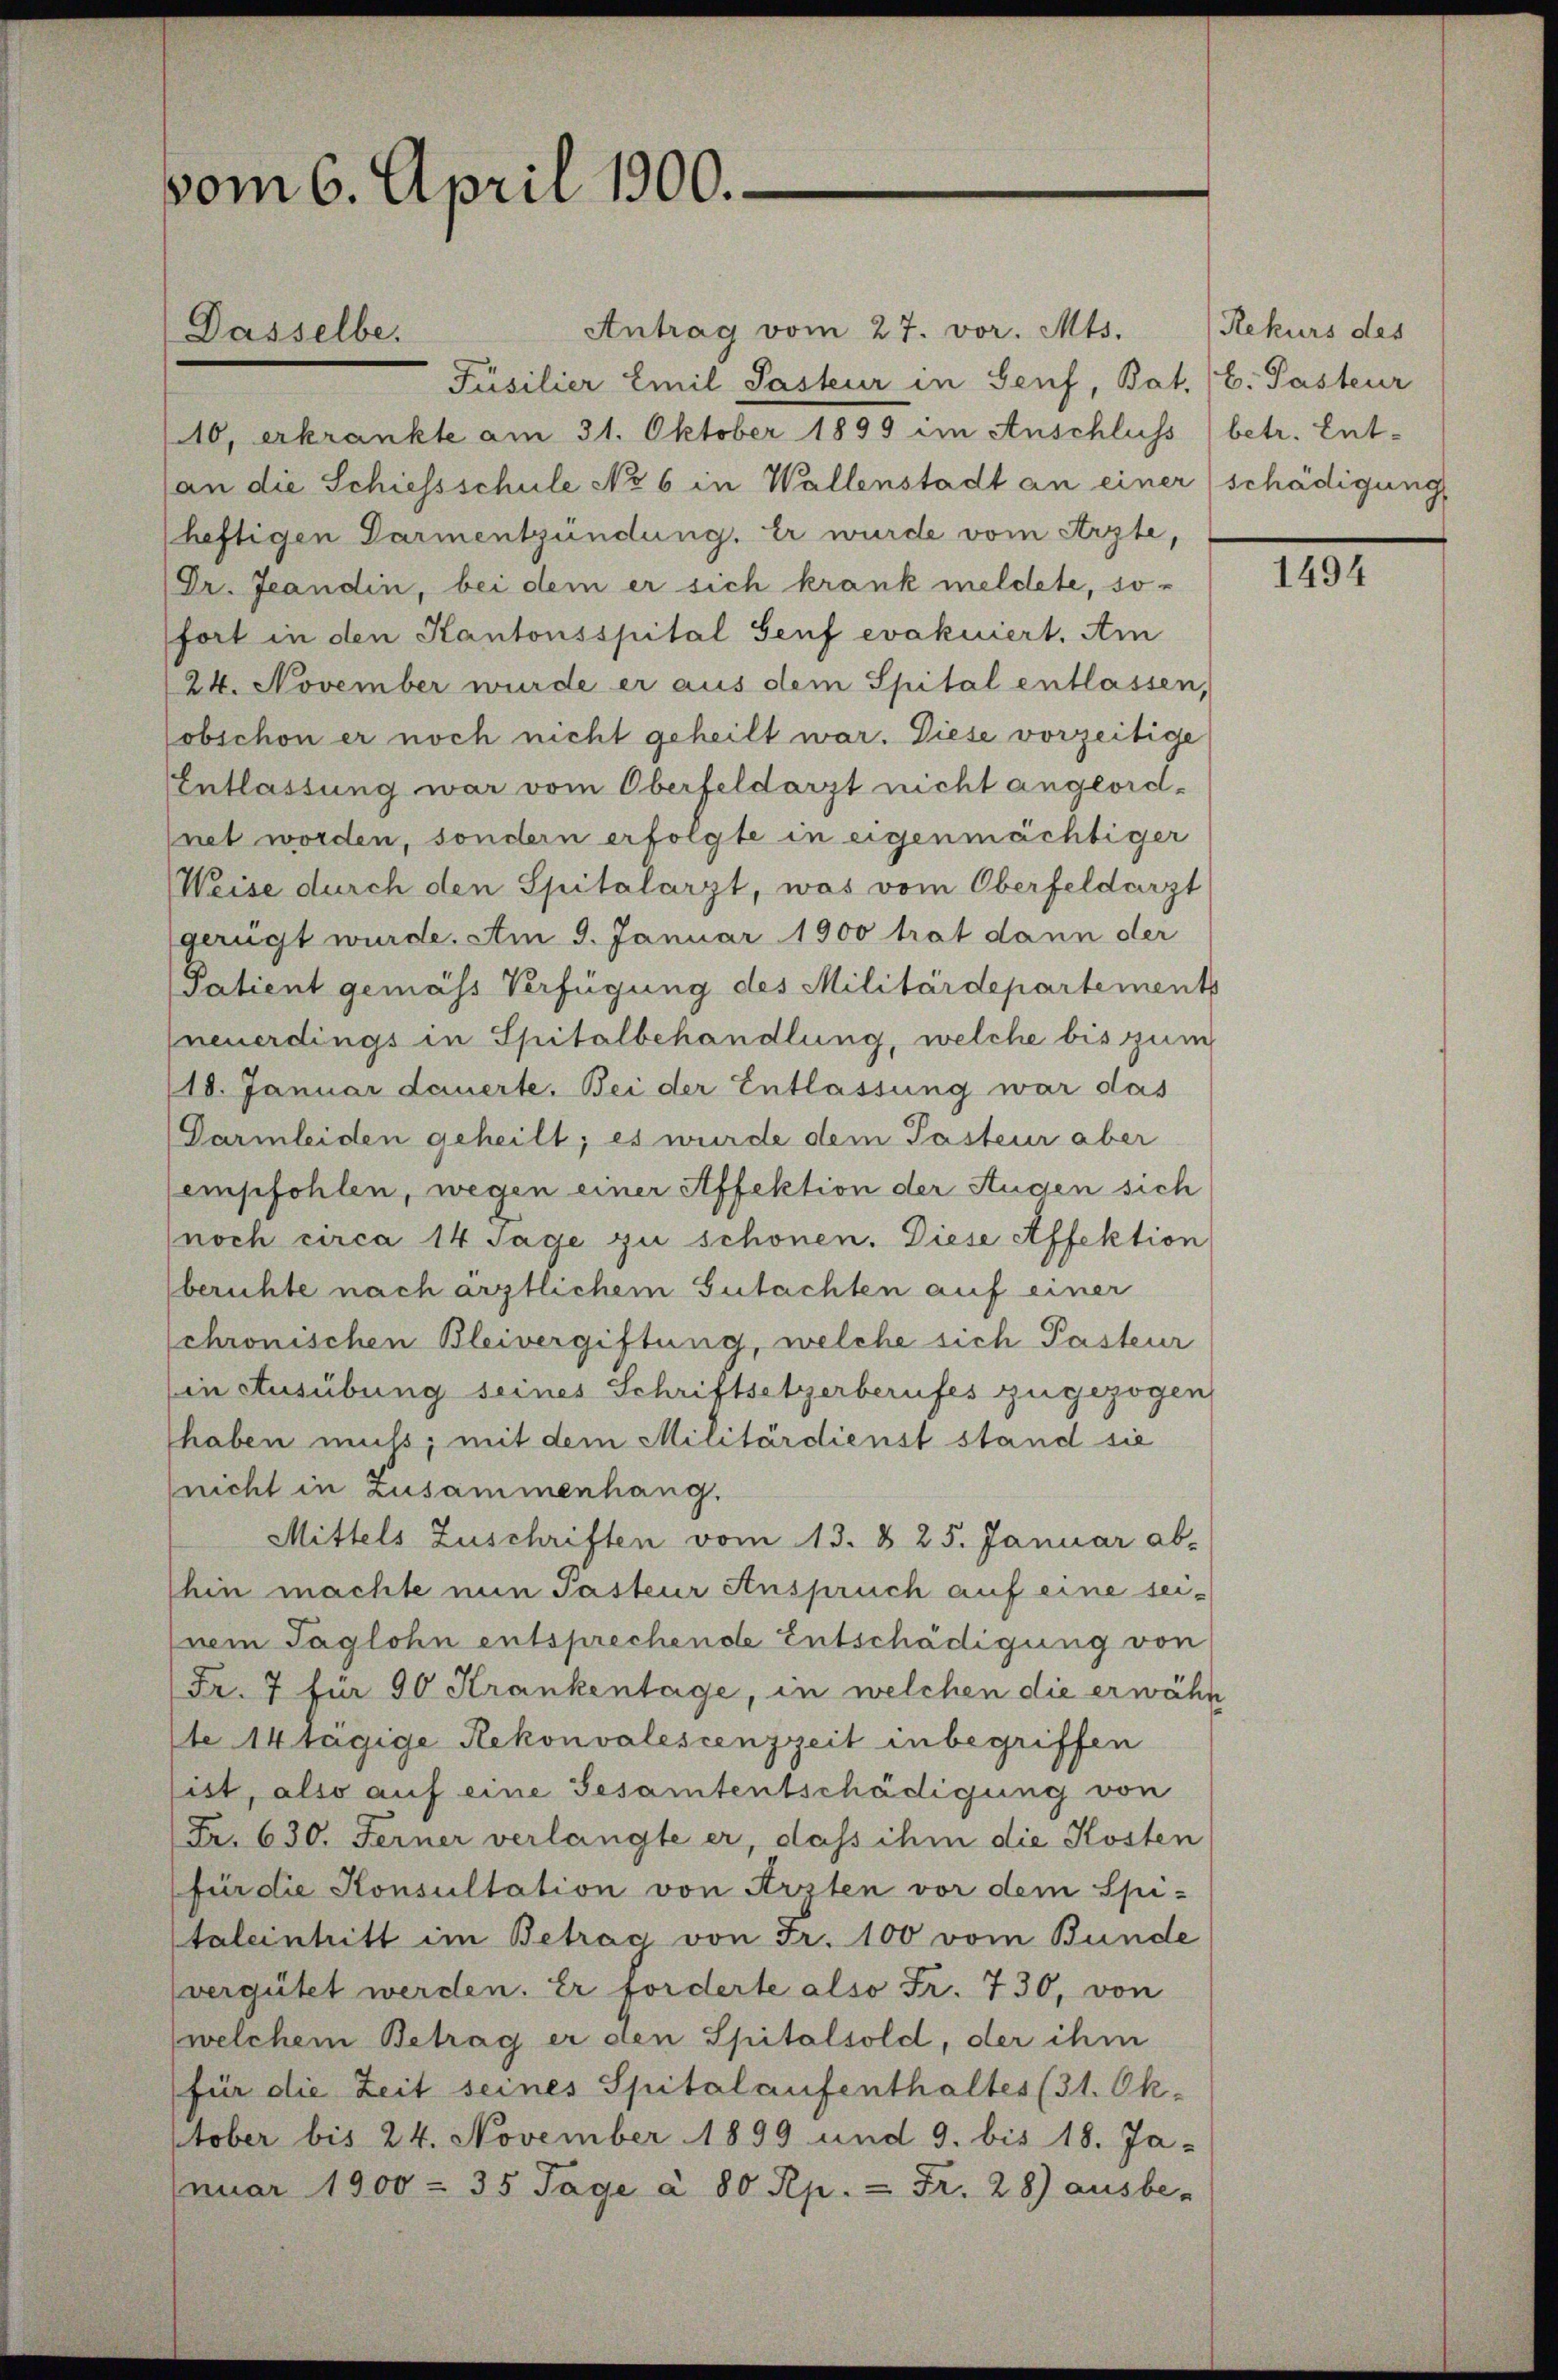
vom 6. April 1900.

Dasselbe.

Antrag vom 27. vor. Mts. Rekurs des
Füsilier Emil Pasteur in Genf, Bat. (l. Pasteur
10, erkrankte am 31. Oktober 1899 im Anschluss (betr. Ent-
an die Schiessschule No 6 in Wallenstadt an einer schädigung
heftigen Darmentzündung. Er wurde vom Arzte,
Dr. Jeandin, bei dem er sich krank meldete, so-
fort in den Kantonsspital Genf evakuiert. Am
24. November wurde er aus dem Spital entlassen,
obschon er noch nicht geheilt war. Diese vorzeitige
Entlassung war vom Oberfeldarzt nicht angeordnet worden, sondern erfolgte in eigenmächtiger
Weise durch den Spitalarzt, was vom Oberfeldarzt
gerügt wurde. Am 9. Januar 1900 trat dann der
Patient gemäss Verfügung des Militärdepartements
neuerdings in Spitalbehandlung, welche bis zum
18. Januar dauerte. Bei der Entlassung war das
(Garmleiden geheilt; es wurde dem Pasteur aber
empfohlen, wegen einer Affektion der Augen sich
noch circa 14 Tage zu schonen. Diese Affektion
berichte nach ärztlichem Gutachten auf einer
chronischen Bleivergiftung, welche sich Pasteur
in Ausübung seines Schriftsetzerberufes zugezogen,
haben muss, mit dem Militärdienst stand sie
(nicht in Zusammenhang.
Mittels Zuschriften vom 13. d. 25. Januar ab-
hin machte nun Pasteur Anspruch auf eine seiuem Taglohn entsprechende Entschädigung von
Fr. 7 für 90 Krankentage, in welchen die erwähn
te 14 tägige Rekonvalescenzzeit inbegriffen
sist, also auf eine Gesamtentschädigung von
(Fr. 630. Ferner verlangte er, dass ihm die Kosten
für die Konsultation von Arzten vor dem Spitaleintritt im Betrag von Fr. 100 vom Bunde
vergütet werden. Er forderte also Fr. 730, von
(welchem Betrag er den Spitalsold, der ihm
für die Zeit seines Spitalaufenthaltes (31. Ok-
ctober bis 24. November 1899 und 9. bis 18. Ja-
nuar 1900 - 35 Tage à 80 Rp. = Fr. 28) ausbe-

1494